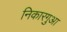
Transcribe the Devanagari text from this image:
निकारगुआ